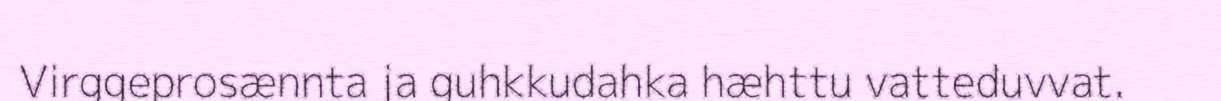
Virggeprosænnta ja guhkkudahka hæhttu vatteduvvat.